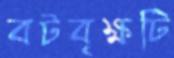
বটবৃক্ষটি